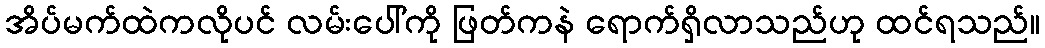
အိပ်မက်ထဲကလိုပင် လမ်းပေါ်ကို ဖြတ်ကနဲ ရောက်ရှိလာသည်ဟု ထင်ရသည်။